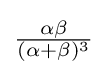
{\tfrac {\alpha \beta }{(\alpha +\beta )^{3}}}